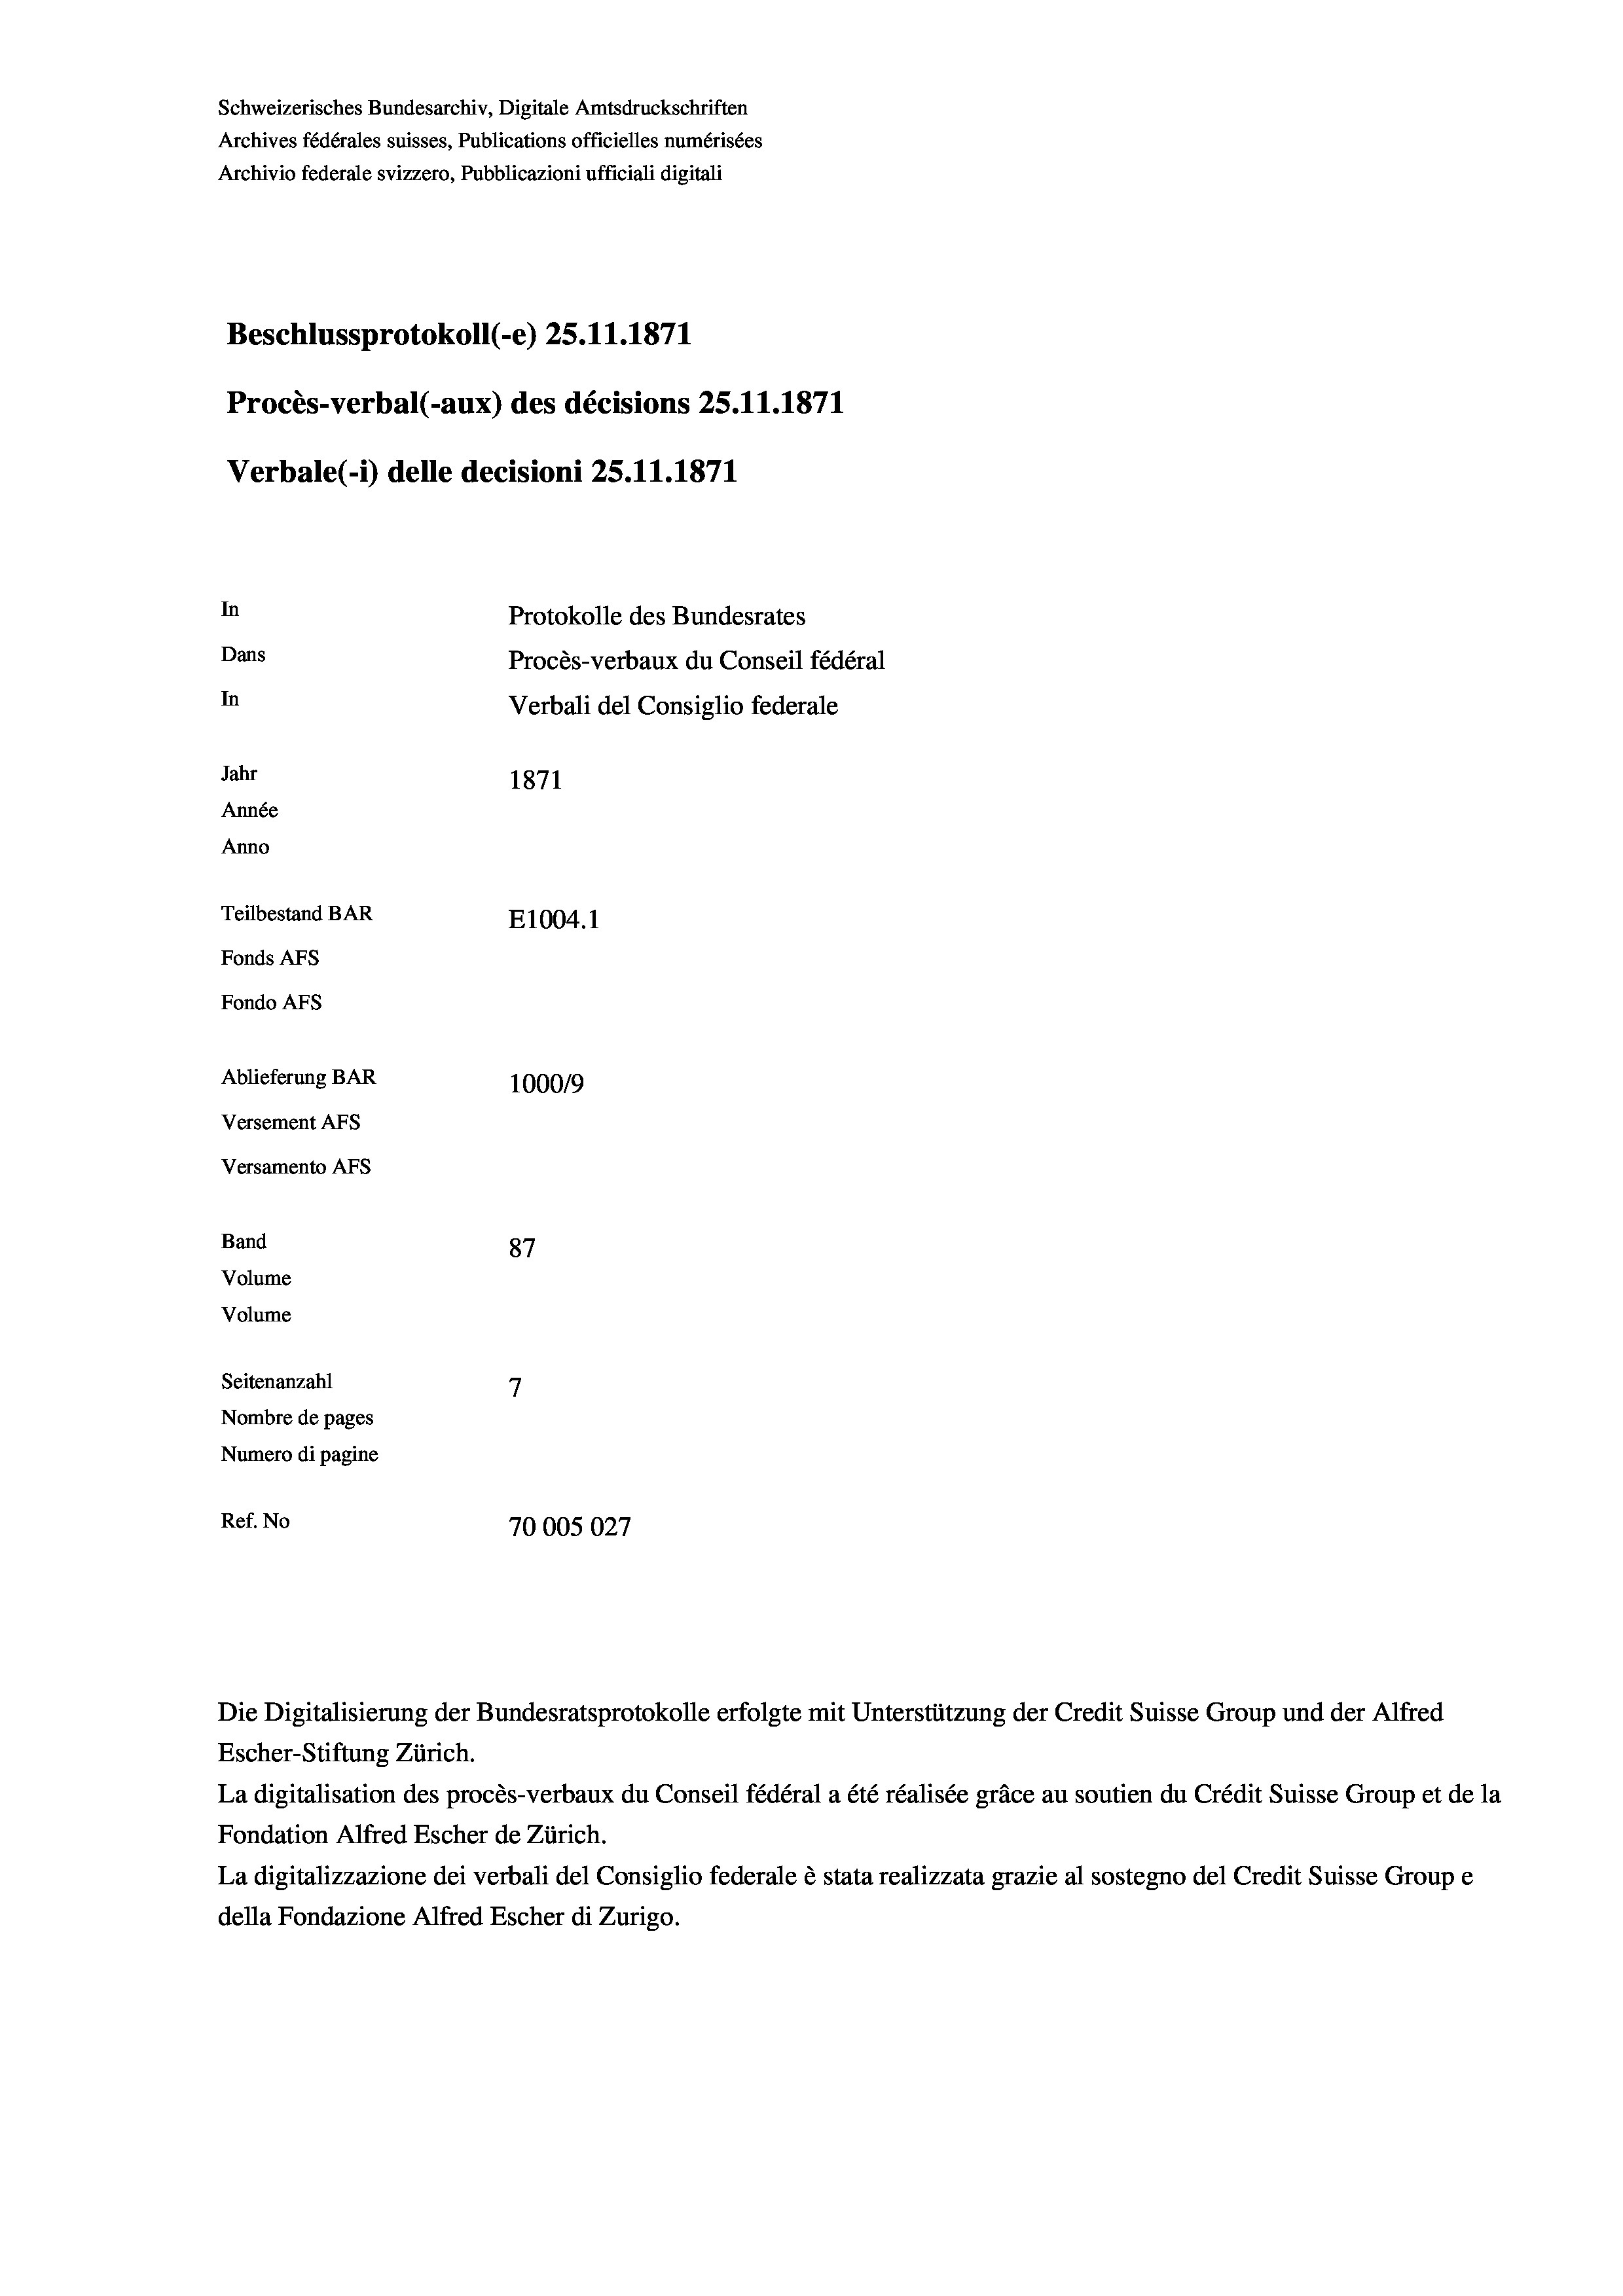
Schweizerisches Bundesarchiv, Digitale Amtsdruckschriften
Archives fédérales suisses, Publications officielles numérisées
Archivio federale svizzero, Pubblicazioni ufficiali digitali
Beschlussprotokoll (-e) 25.11.1871
Procès-verbal (-aux) des décisions 25.11.1871
Verbale (- 1) delle decisioni 25.11.1871
In
Protokolle des Bundesrates
Dans
Procès-verbaux du Conseil fédéral
In
Verbali del Consiglio federale
Jahr
1871
Année
Anno
Teilbestand BAR
E1004.1
Fonds AFs
Fondo AFs
Ablieferung BAR
100019
Versement AFS
Versamento Afs
Band
87
Volume
Volume
7
Seitenanzahl
Nombre de pages
Numero di pagine
Ref. No
70005027

Escher-Stiftung Zürich.
La digitalisation des procès-verbaux du Conseil fédéral a été réalisée gräce au soutien du Crédit Suisse Group et de la
Fondation Alfred Escher de Zürich.
La digitalizzazione dei verbali del Consiglio federale è stata realizzata grazie al sostegno del Credit Suisse Groupe
della Fondazione Alfred Escher di Zurigo.

Die Digitalisierung der Bundesratsprotokolle erfolgte mit Unterstützung der Credit Suisse Group und der Alfred